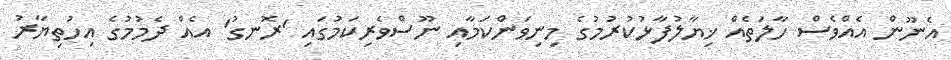
އެނޫން އެއްވެސް ހާލަތެއް ޚިޔާލުފާޅުކުރުމުގެ މިނިވަންކަމާއި ނޫސްވެރިކަމުގައި 'ރޮނގު' އެއް ދެމުމުގެ އިހުތިޔާރު